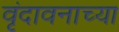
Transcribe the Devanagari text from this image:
वृंदावनाच्या